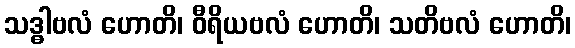
သဒ္ဓါဗလံ ဟောတိ၊ ဝီရိယဗလံ ဟောတိ၊ သတိဗလံ ဟောတိ၊